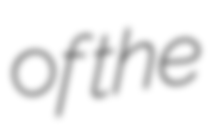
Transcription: of the